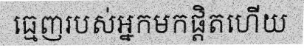
ធ្មេញរបស់អ្នកមកផ្តិតហើយ